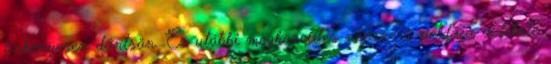
önkényesen döntsön. Ez utóbbi megközelítés népszerű példája a fekete